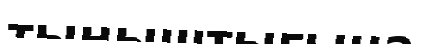
тыныштығына